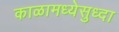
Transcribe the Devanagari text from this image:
काळामध्येसुध्दा